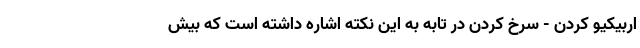
اربیکیو کردن - سرخ کردن در تابه به این نکته اشاره داشته است که بیش